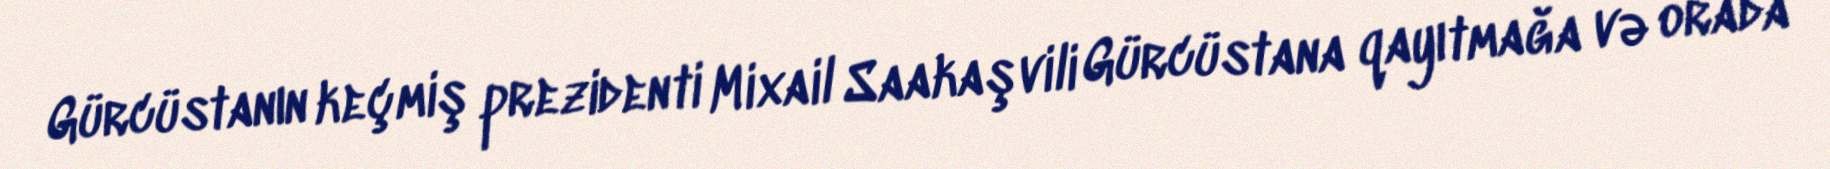
Gürcüstanın keçmiş prezidenti Mixail Saakaşvili Gürcüstana qayıtmağa və orada